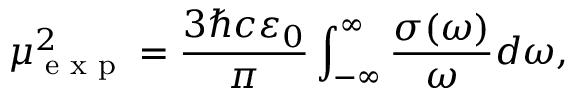
\mu _ { \textrm { e x p } } ^ { 2 } = \frac { 3 \hbar c \varepsilon _ { 0 } } { \pi } \int _ { - \infty } ^ { \infty } \frac { \sigma ( \omega ) } { \omega } d \omega ,